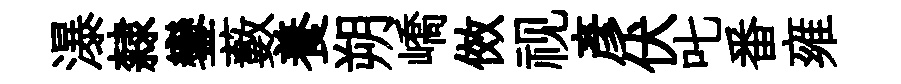
瀑隸鑾藪養朔嶠傚视彥伏叱番雍